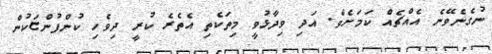
ނުގެނެވޭނެ އެއްޗެއް ކަމަށެވެ. އަދި ވިދާޅުވީ މިތަކެތި އެތެރެ ކުރީ ދިވެހި ކުންފުންޏަކުން